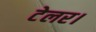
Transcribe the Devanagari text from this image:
टेलर।